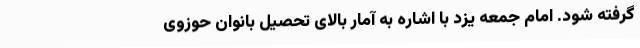
گرفته شود. امام جمعه یزد با اشاره به آمار بالای تحصیل بانوان حوزوی